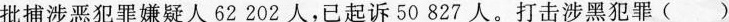
批捕涉恶犯罪嫌疑人62202人，已起诉50827人。打击涉黑犯罪()